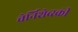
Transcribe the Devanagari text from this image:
चेर्निशेव्स्की